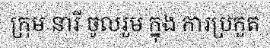
ក្រុម នារី ចូលរួម ក្នុង ការប្រកួត